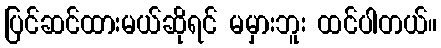
ပြင်ဆင်ထားမယ်ဆိုရင် မမှားဘူး ထင်ပါတယ်။